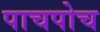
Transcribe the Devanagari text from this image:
पाचपोच